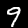
Label: 9